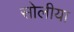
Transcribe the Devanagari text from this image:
सोलीया